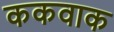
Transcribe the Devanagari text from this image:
ककवाक